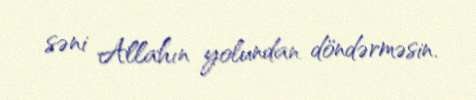
səni Allahın yolundan döndərməsin.